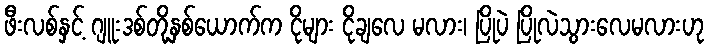
ဖီးလစ်နှင့် ဂျူးဒစ်တို့နှစ်ယောက်က ငိုများ ငိုချလေ မလား၊ ပြိုပဲ ပြိုလဲသွားလေမလားဟု